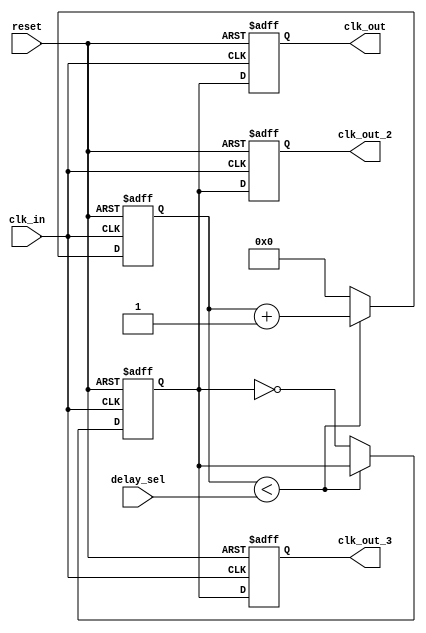
module DelayClockBuffer (
    input wire clk_in,           // Input clock signal
    input wire reset,            // Reset signal
    input wire [3:0] delay_sel,  // Delay selection control (4-bit for 16 delay levels)
    output reg clk_out,          // Delayed output clock signal
    output reg clk_out_2,        // Second delayed output clock signal (optional)
    output reg clk_out_3         // Third delayed output clock signal (optional)
);

    // Parameters for delay settings (in simulation, these are just example values)
    parameter DELAY_UNIT = 10; // Delay unit in time units (e.g., ns)
    parameter MAX_DELAY = 15;   // Maximum delay level (0 to 15)
    
    // Internal registers to hold the delayed clock states
    reg [3:0] delay_counter;     // Counter for delay
    reg clk_delayed;             // Intermediate delayed clock signal

    // Clock generation with delay
    always @(posedge clk_in or posedge reset) begin
        if (reset) begin
            clk_delayed <= 0;
            delay_counter <= 0;
        end else begin
            // Implementing delay based on delay_sel
            if (delay_counter < delay_sel) begin
                delay_counter <= delay_counter + 1;
            end else begin
                clk_delayed <= ~clk_delayed; // Toggle delayed clock
                delay_counter <= 0; // Reset counter after toggling
            end
        end
    end

    // Assign the delayed clock to output
    always @(posedge clk_in or posedge reset) begin
        if (reset) begin
            clk_out <= 0;
            clk_out_2 <= 0;
            clk_out_3 <= 0;
        end else begin
            clk_out <= clk_delayed; // First delayed output
            clk_out_2 <= clk_delayed; // Second delayed output (can be further delayed if needed)
            clk_out_3 <= clk_delayed; // Third delayed output (can be further delayed if needed)
        end
    end

endmodule